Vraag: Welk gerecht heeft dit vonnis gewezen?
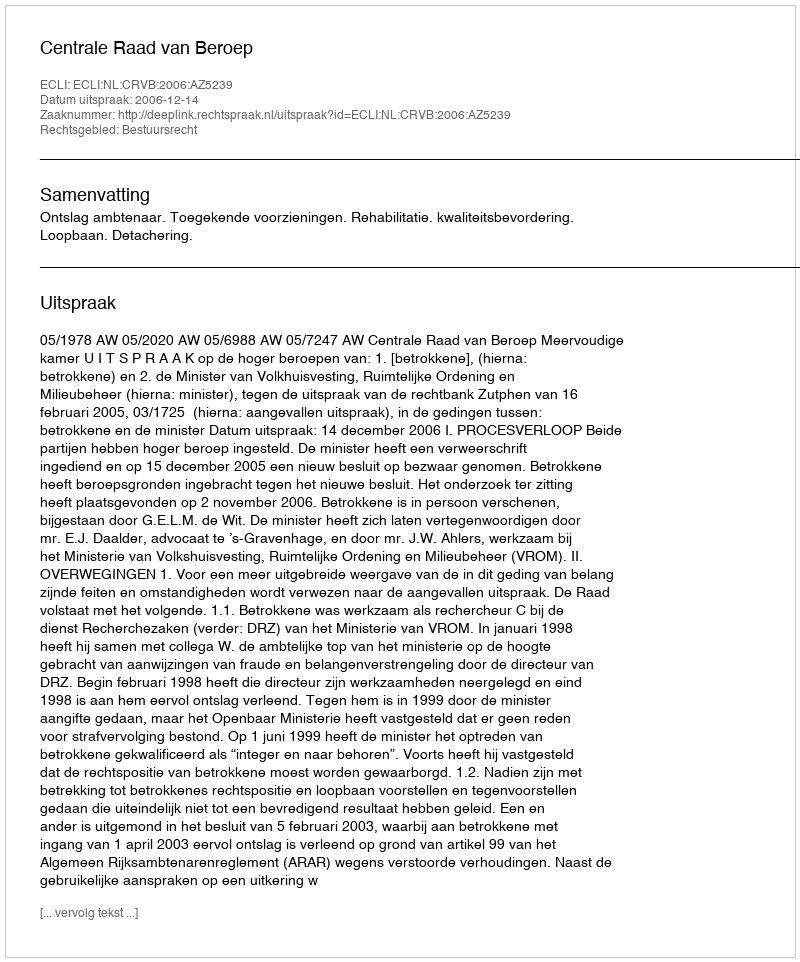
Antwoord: Centrale Raad van Beroep